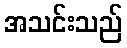
အသင်းသည်